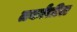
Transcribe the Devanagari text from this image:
तर्कांतील